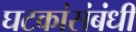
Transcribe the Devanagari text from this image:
घटकांसंबंधी